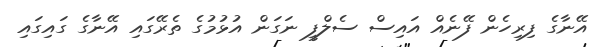
އޭނާގެ ފިރިހެން ފޭނެއް އައިސް ސެލްފީ ނަގަން އުޅުމުގެ ތެރޭގައި އޭނާގެ ގައިގައި